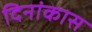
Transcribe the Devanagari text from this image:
दिनांकास